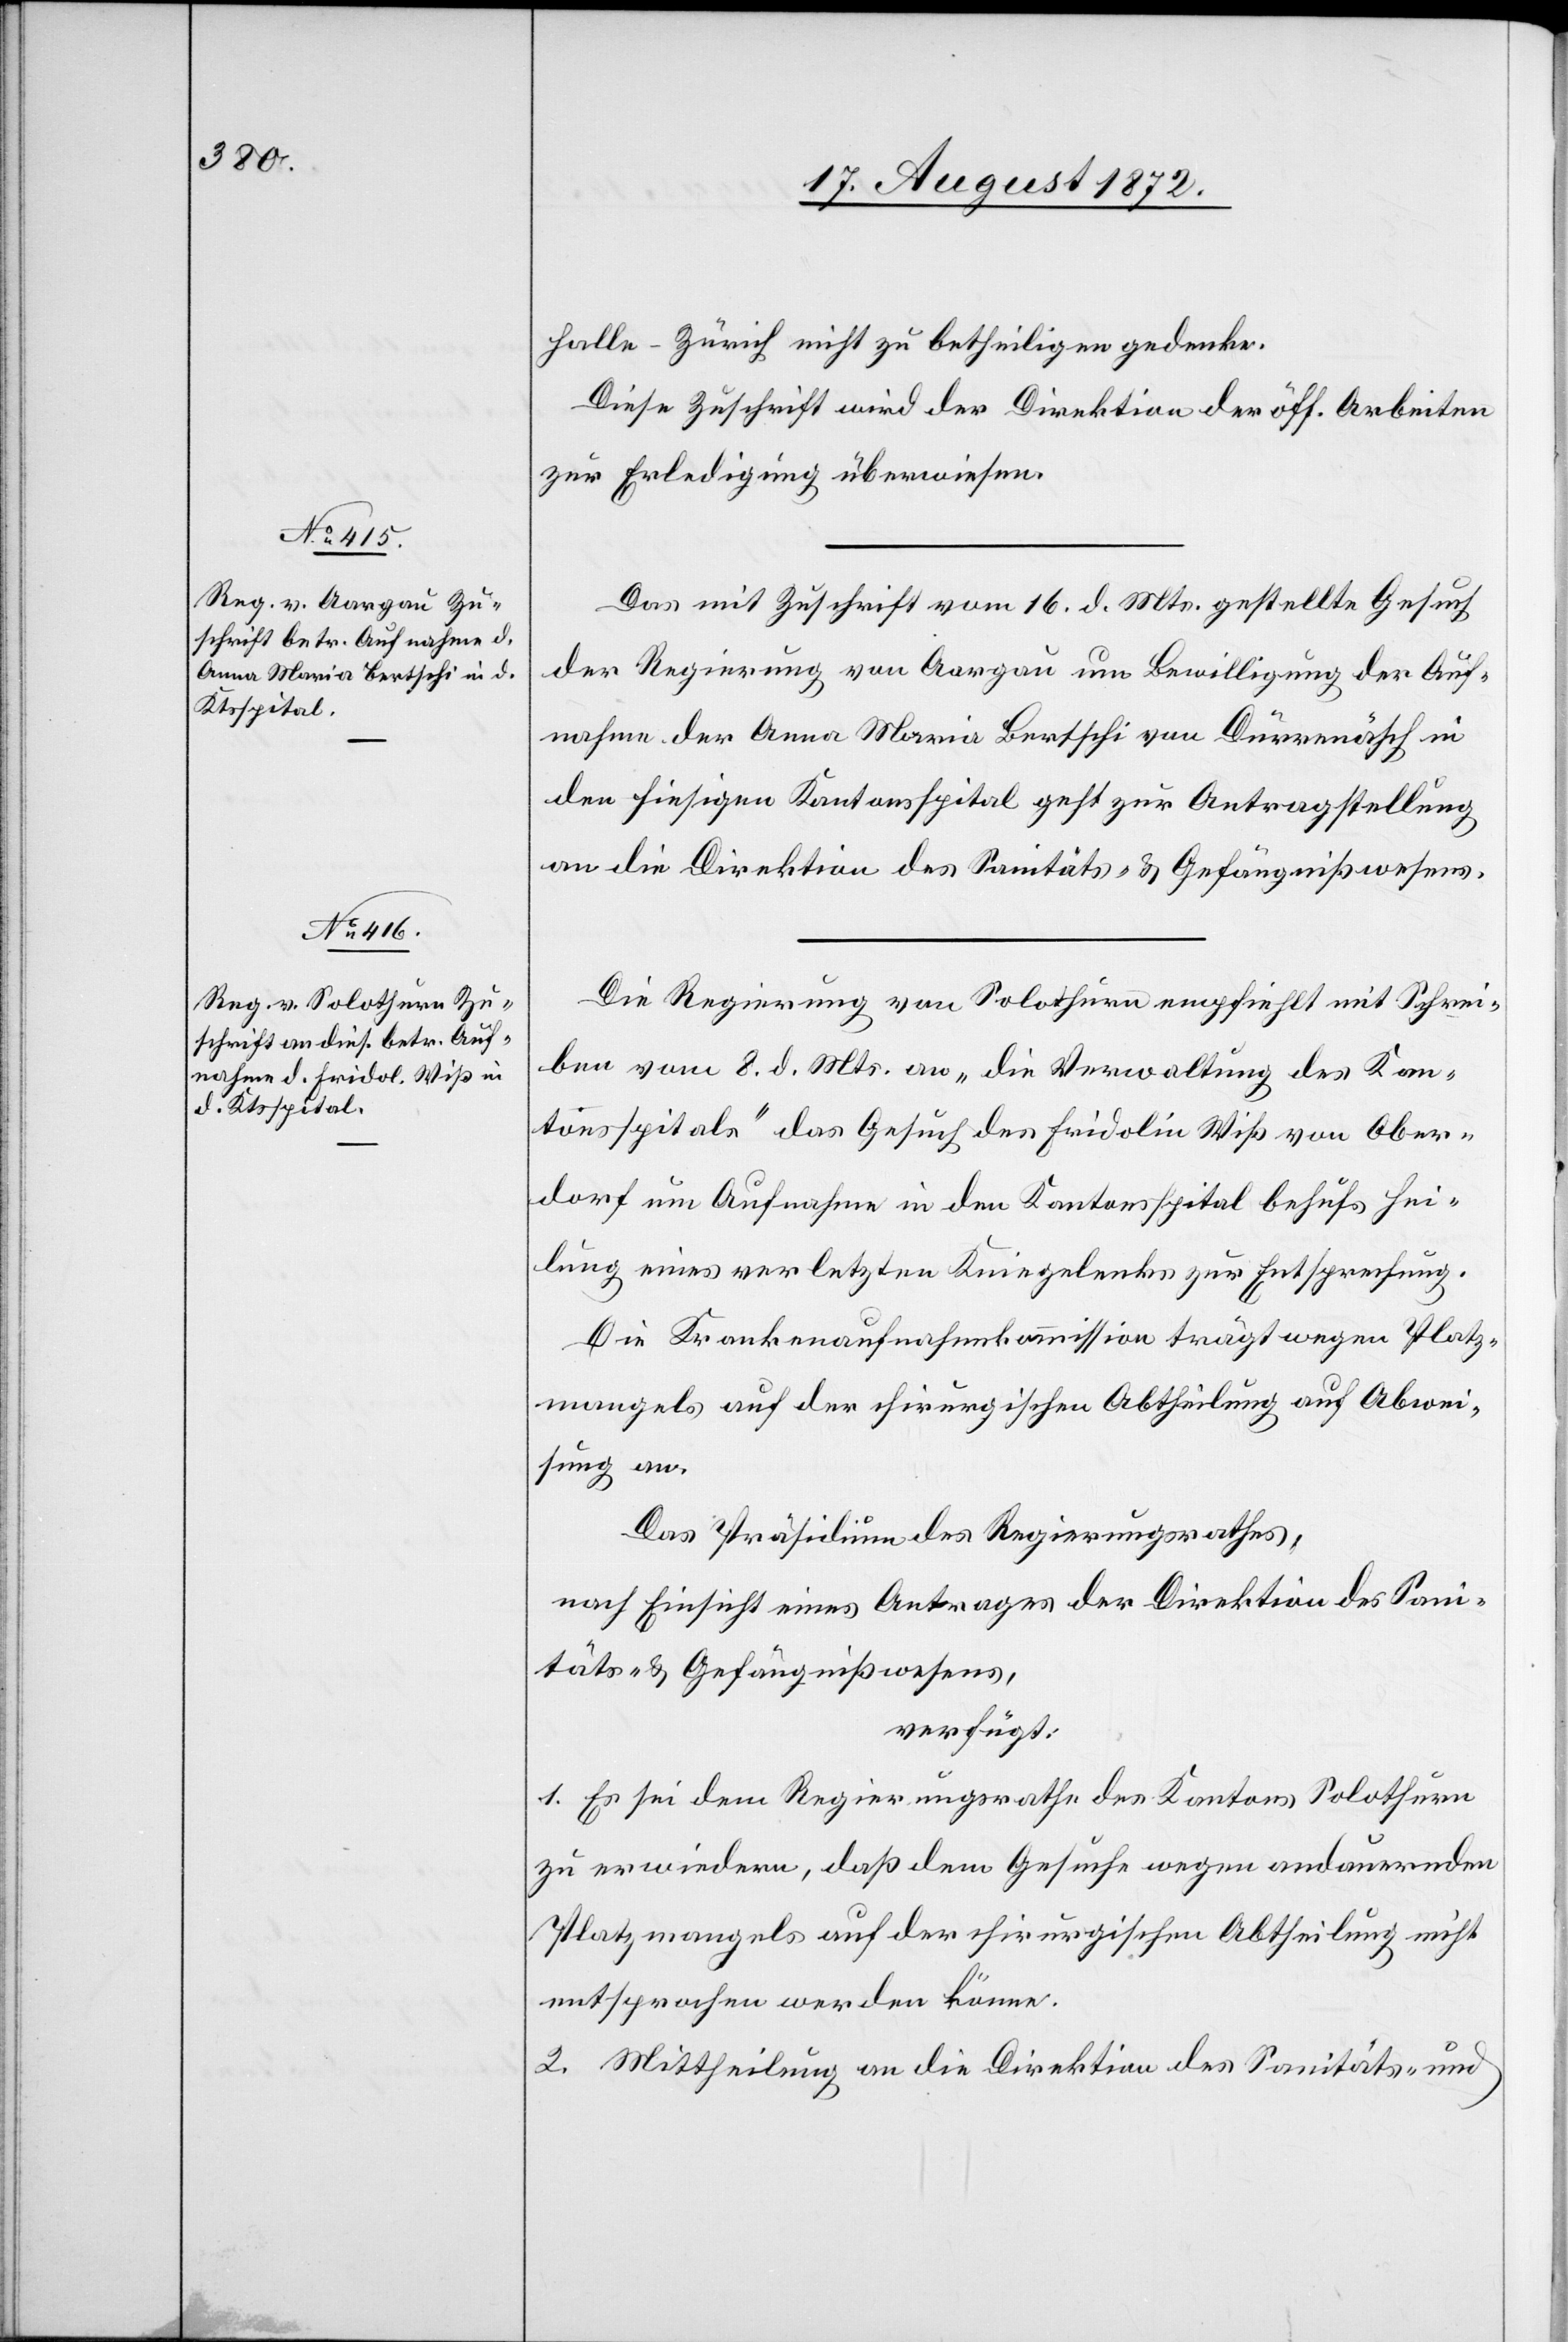
19. August 1872.]
halle–Zürich nicht zu betheiligen gedenke.
Diese Zuschrift wird der Direktion der öff. Arbeiten
zur Erledigung überwiesen.
Das mit Zuschrift vom 16. d. Mts. gestellte Gesuch
der Regierung von Aargau um Bewilligung der Auf¬
nahme der Anna Maria Bertschi von Dürrenäsch in
den hiesigen Kantonsspital geht zur Antragstellung
an die Direktion des Sanitäts- u. Gefängnißwesens.
Die Regierung von Solothurn empfiehlt mit Schrei¬
ben vom 8. d. Mts. an „die Verwaltung des Kan¬
tonsspitals“ das Gesuch des Fridolin Wiß von Ober¬
dorf um Aufnahme in den Kantonsspital behufs Hei¬
lung eines verletzten Kniegelenks zur Entsprechung.
Die Krankenaufnahmskommission trägt wegen Platz¬
mangels auf der chirurgischen Abtheilung auf Abwei¬
sung an.
Das Präsidium des Regierungsrathes,
nach Einsicht eines Antrages der Direktion des Sani¬
täts- u. Gefängnißwesens,
verfügt:
1. Es sei dem Regierungsrathe des Kantons Solothur
zu erwiedern, daß dem Gesuche wegen andauernden
Platzmangels auf der chirurgischen Abtheilung nicht
entsprochen werden könne.
2. Mittheilung an die Direktion des Sanitäts- und